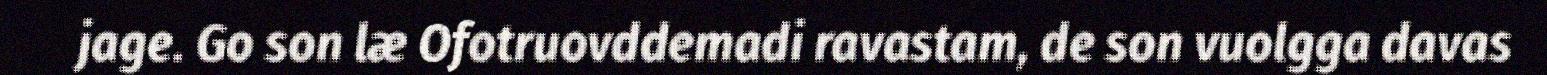
jage. Go son læ Ofotruovddemadi ravastam, de son vuolgga davas